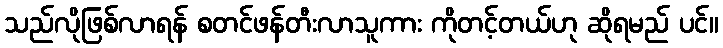
သည်လိုဖြစ်လာရန် စတင်ဖန်တီးလာသူကား ကိုတင့်တယ်ဟု ဆိုရမည် ပင်။